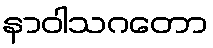
နာဝါသဂတော